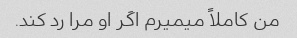
من کاملاً میمیرم اگر او مرا رد کند.